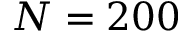
N = 2 0 0